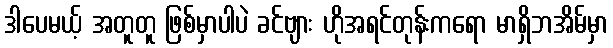
ဒါပေမယ့် အတူတူ ဖြစ်မှာပါပဲ ခင်ဗျား ဟိုအရင်တုန်းကရော မာရှိဘအိမ်မှာ